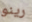
رينو